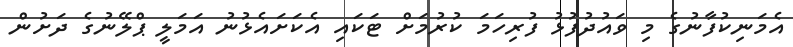
އެމަނިކުފާނުގެ މި ވައުދުފުޅު ފުރިހަމަ ކުރުމަށް ޓަކައި އެކަށައެޅުނު އަމަލީ ޕްލޭނުގެ ދަށުން